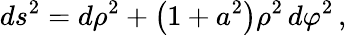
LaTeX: ds^{2}=d\rho^{2}+\left(1+a^{2}\right)\rho^{2}\, d\varphi^{2}\, ,